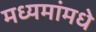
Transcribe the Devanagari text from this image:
मध्यमांमधे